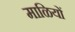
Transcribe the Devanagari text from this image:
माळियों